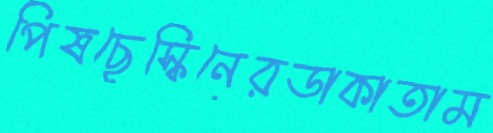
পিষছেস্কিনেরডাকাতাম